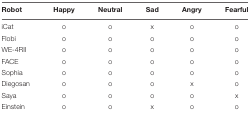
| Robot | Happy | Neutral | Sad | Angry | Fearful |
 | --- | --- | --- | --- | --- | --- |
 | iCat | o | o | x | o | o |
 | Flobi | o | o | o | o | o |
 | WE-4RII | o | o | o | o | o |
 | FACE | o | o | o | o | o |
 | Sophia | o | o | o | o | o |
 | Diegosan | o | o | o | x | o |
 | Saya | o | o | o | o | x |
 | Einstein | o | o | x | o | o |